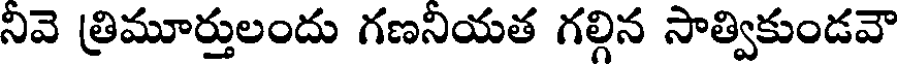
నివె త్రిమూర్తులందు గణనియత గల్గిన సాత్వికుండవౌ